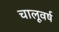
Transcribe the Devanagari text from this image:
चालूवर्ष